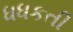
ધધકતી